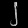
Digit: ၂